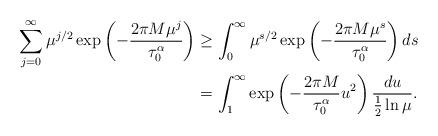
LaTeX: \begin{align*}\sum_{j=0}^{\infty}\mu^{j/2}\exp\left( -\frac{2 \pi M \mu^j}{\tau_{0}^{\alpha}} \right) & \geq \int_{0}^{\infty} \mu^{s/2} \exp\left( -\frac{2 \pi M \mu^s}{\tau_{0}^{\alpha}} \right) ds \\& =\int_{1}^{\infty}\exp\left( -\frac{2 \pi M}{\tau_{0}^{\alpha}} u^{2}\right) \frac{du}{\frac{1}{2}\ln\mu}. \end{align*}